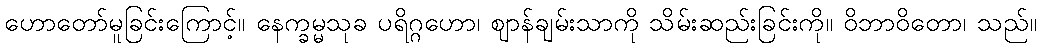
ဟောတော်မူခြင်းကြောင့်။ နေက္ခမ္မသုခ ပရိဂ္ဂဟော၊ ဈာန်ချမ်းသာကို သိမ်းဆည်းခြင်းကို။ ဝိဘာဝိတော၊ သည်။